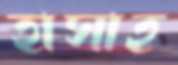
হাসাহ